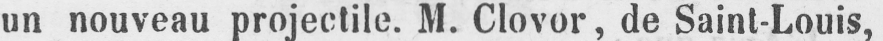
un nouveau projectile. M. Clovor, de Saint-Louis,